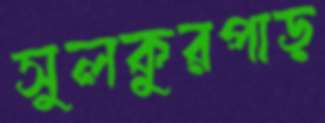
সুলকুরপাড়